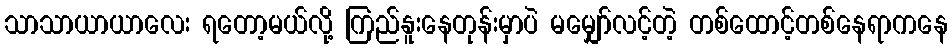
သာသာယာယာလေး ရတော့မယ်လို့ ကြည်နူးနေတုန်းမှာပဲ မမျှော်လင့်တဲ့ တစ်ထောင့်တစ်နေရာကနေ